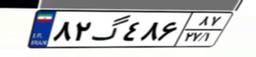
۱۲گ۱۸۹۰۵